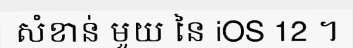
សំខាន់ មួយ នៃ iOS 12 ។